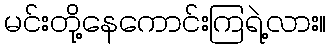
မင်းတို့နေကောင်းကြရဲ့လား။